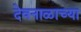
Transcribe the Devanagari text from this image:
देवनाळाच्या